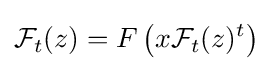
{\mathcal {F}}_{t}(z)=F\left(x{\mathcal {F}}_{t}(z)^{t}\right)